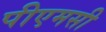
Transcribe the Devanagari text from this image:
पीएमसी